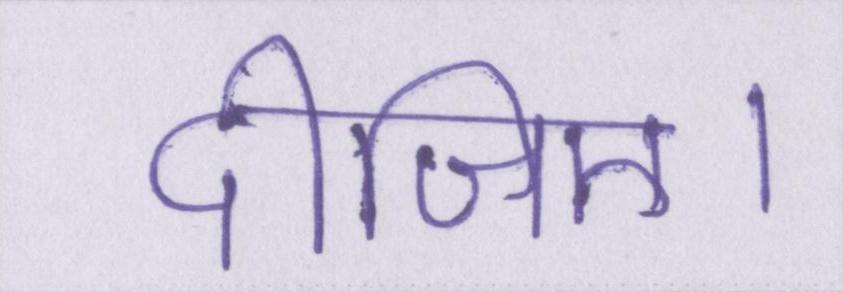
दीजिए।